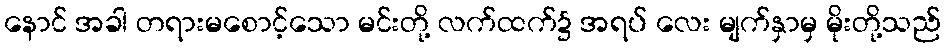
နောင် အခါ တရားမစောင့်သော မင်းတို့ လက်ထက်၌ အရပ် လေး မျက်နှာမှ မိုးတို့သည်